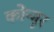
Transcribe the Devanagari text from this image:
कोन्गुर